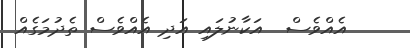
އެއްވެސް  އަކާނުލައި އަދި އެއްވެސް ތެދުމަގެއް